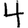
Digit: 4